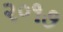
૨૦૧૭